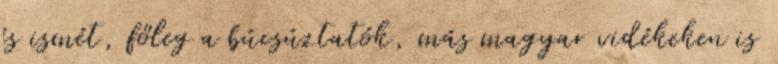
és ismét, főleg a búcsúztatók, más magyar vidékeken is